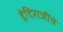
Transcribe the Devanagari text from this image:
इंदिराजींचे